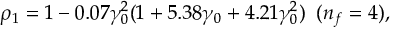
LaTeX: \rho _ { 1 } = 1 - 0 . 0 7 \gamma _ { 0 } ^ { 2 } ( 1 + 5 . 3 8 \gamma _ { 0 } + 4 . 2 1 \gamma _ { 0 } ^ { 2 } ) \; \; ( n _ { f } = 4 ) ,